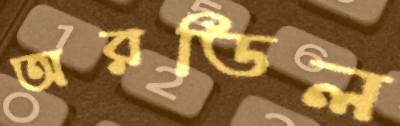
অরডিল